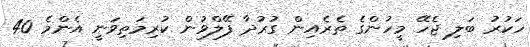
ހަކުރު ބަލި ޖެހޭ މީހުންގެ ތެރެއިން ގުރުދާ ފޭލްވުން ކުރިމަތިވަނީ އެންމެ 40